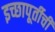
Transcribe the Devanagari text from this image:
इच्छापूर्तीची